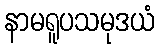
နာမရူပသမုဒယံ